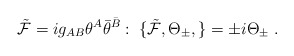
\begin{align*}{\tilde {\cal F}}=ig_{AB}\theta^A{\bar\theta}^{\bar B}:\; \{ {\tilde{\cal F}},\Theta_\pm,\}=\pm i \Theta_\pm \; .\end{align*}